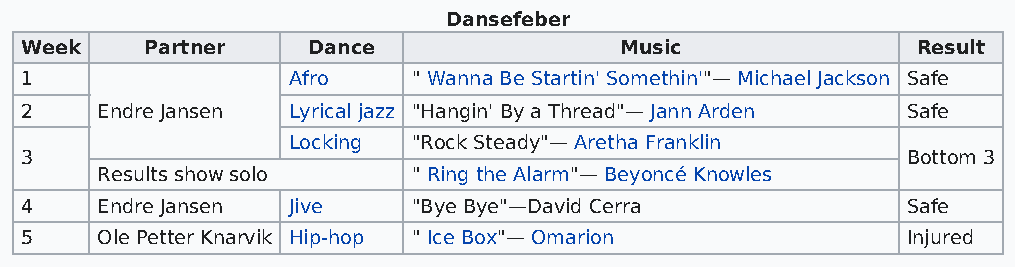
Dansefeber
 Week     Partner   Dance                Music               Result
 1                 Afro    " Wanna Be Startin' Somethin'"— Michael Jackson Safe
 2    Endre Jansen Lyrical jazz "Hangin' By a Thread"— Jann Arden Safe
 Locking "Rock Steady"— Aretha Franklin
 3                                                          Bottom 3
 Results show solo    " Ring the Alarm"— Beyoncé Knowles
 4    Endre Jansen Jive    "Bye Bye"—David Cerra            Safe
 5    Ole Petter Knarvik Hip-hop " Ice Box"— Omarion        Injured